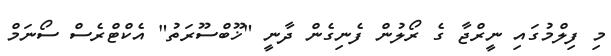
މި ފިލްމުގައި ނީރްޖާ ގެ ރޯލުން ފެނިގެން ދާނީ "ޚޫބްސޫރަތު" އެކްޓްރެސް ސޯނަމް